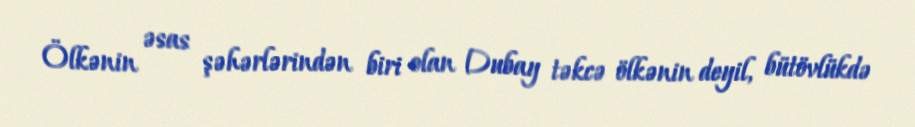
Ölkənin əsas şəhərlərindən biri olan Dubay təkcə ölkənin deyil, bütövlükdə